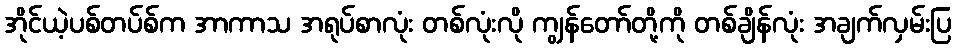
အိုင်ယဲ့ပစ်တပ်စ်က အာကာသ အရုပ်စာလုံး တစ်လုံးလို ကျွန်တော်တို့ကို တစ်ချိန်လုံး အချက်လှမ်းပြ